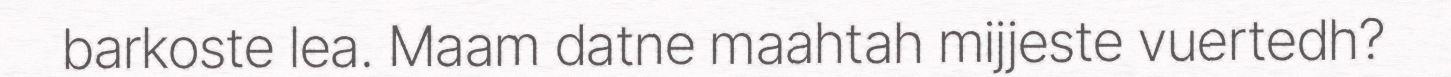
barkoste lea. Maam datne maahtah mijjeste vuertedh?